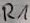
Text: R1